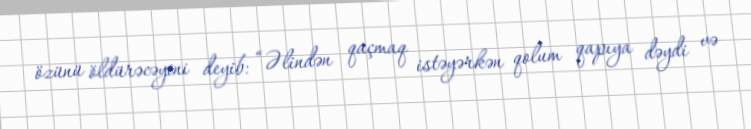
özünü öldürəcəyini deyib: “Əlindən qaçmaq istəyərkən qolum qapıya dəydi və